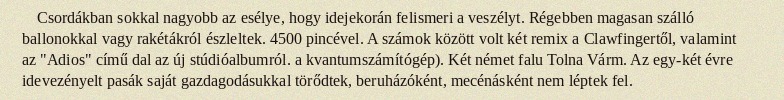
Csordákban sokkal nagyobb az esélye, hogy idejekorán felismeri a veszélyt. Régebben magasan szálló ballonokkal vagy rakétákról észleltek. 4500 pincével. A számok között volt két remix a Clawfingertől, valamint az "Adios" című dal az új stúdióalbumról. a kvantumszámítógép). Két német falu Tolna Várm. Az egy-két évre idevezényelt pasák saját gazdagodásukkal törődtek, beruházóként, mecénásként nem léptek fel.